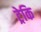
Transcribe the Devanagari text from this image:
ट्रेकि